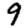
Digit: 9